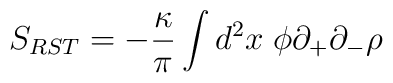
S_{RST}=-\frac{\kappa}{\pi}\int d^{2}x \; \phi\partial_{+}\partial_{-}\rho